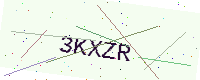
Text: 3KXZR